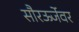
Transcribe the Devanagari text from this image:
सौरऊर्जेवर